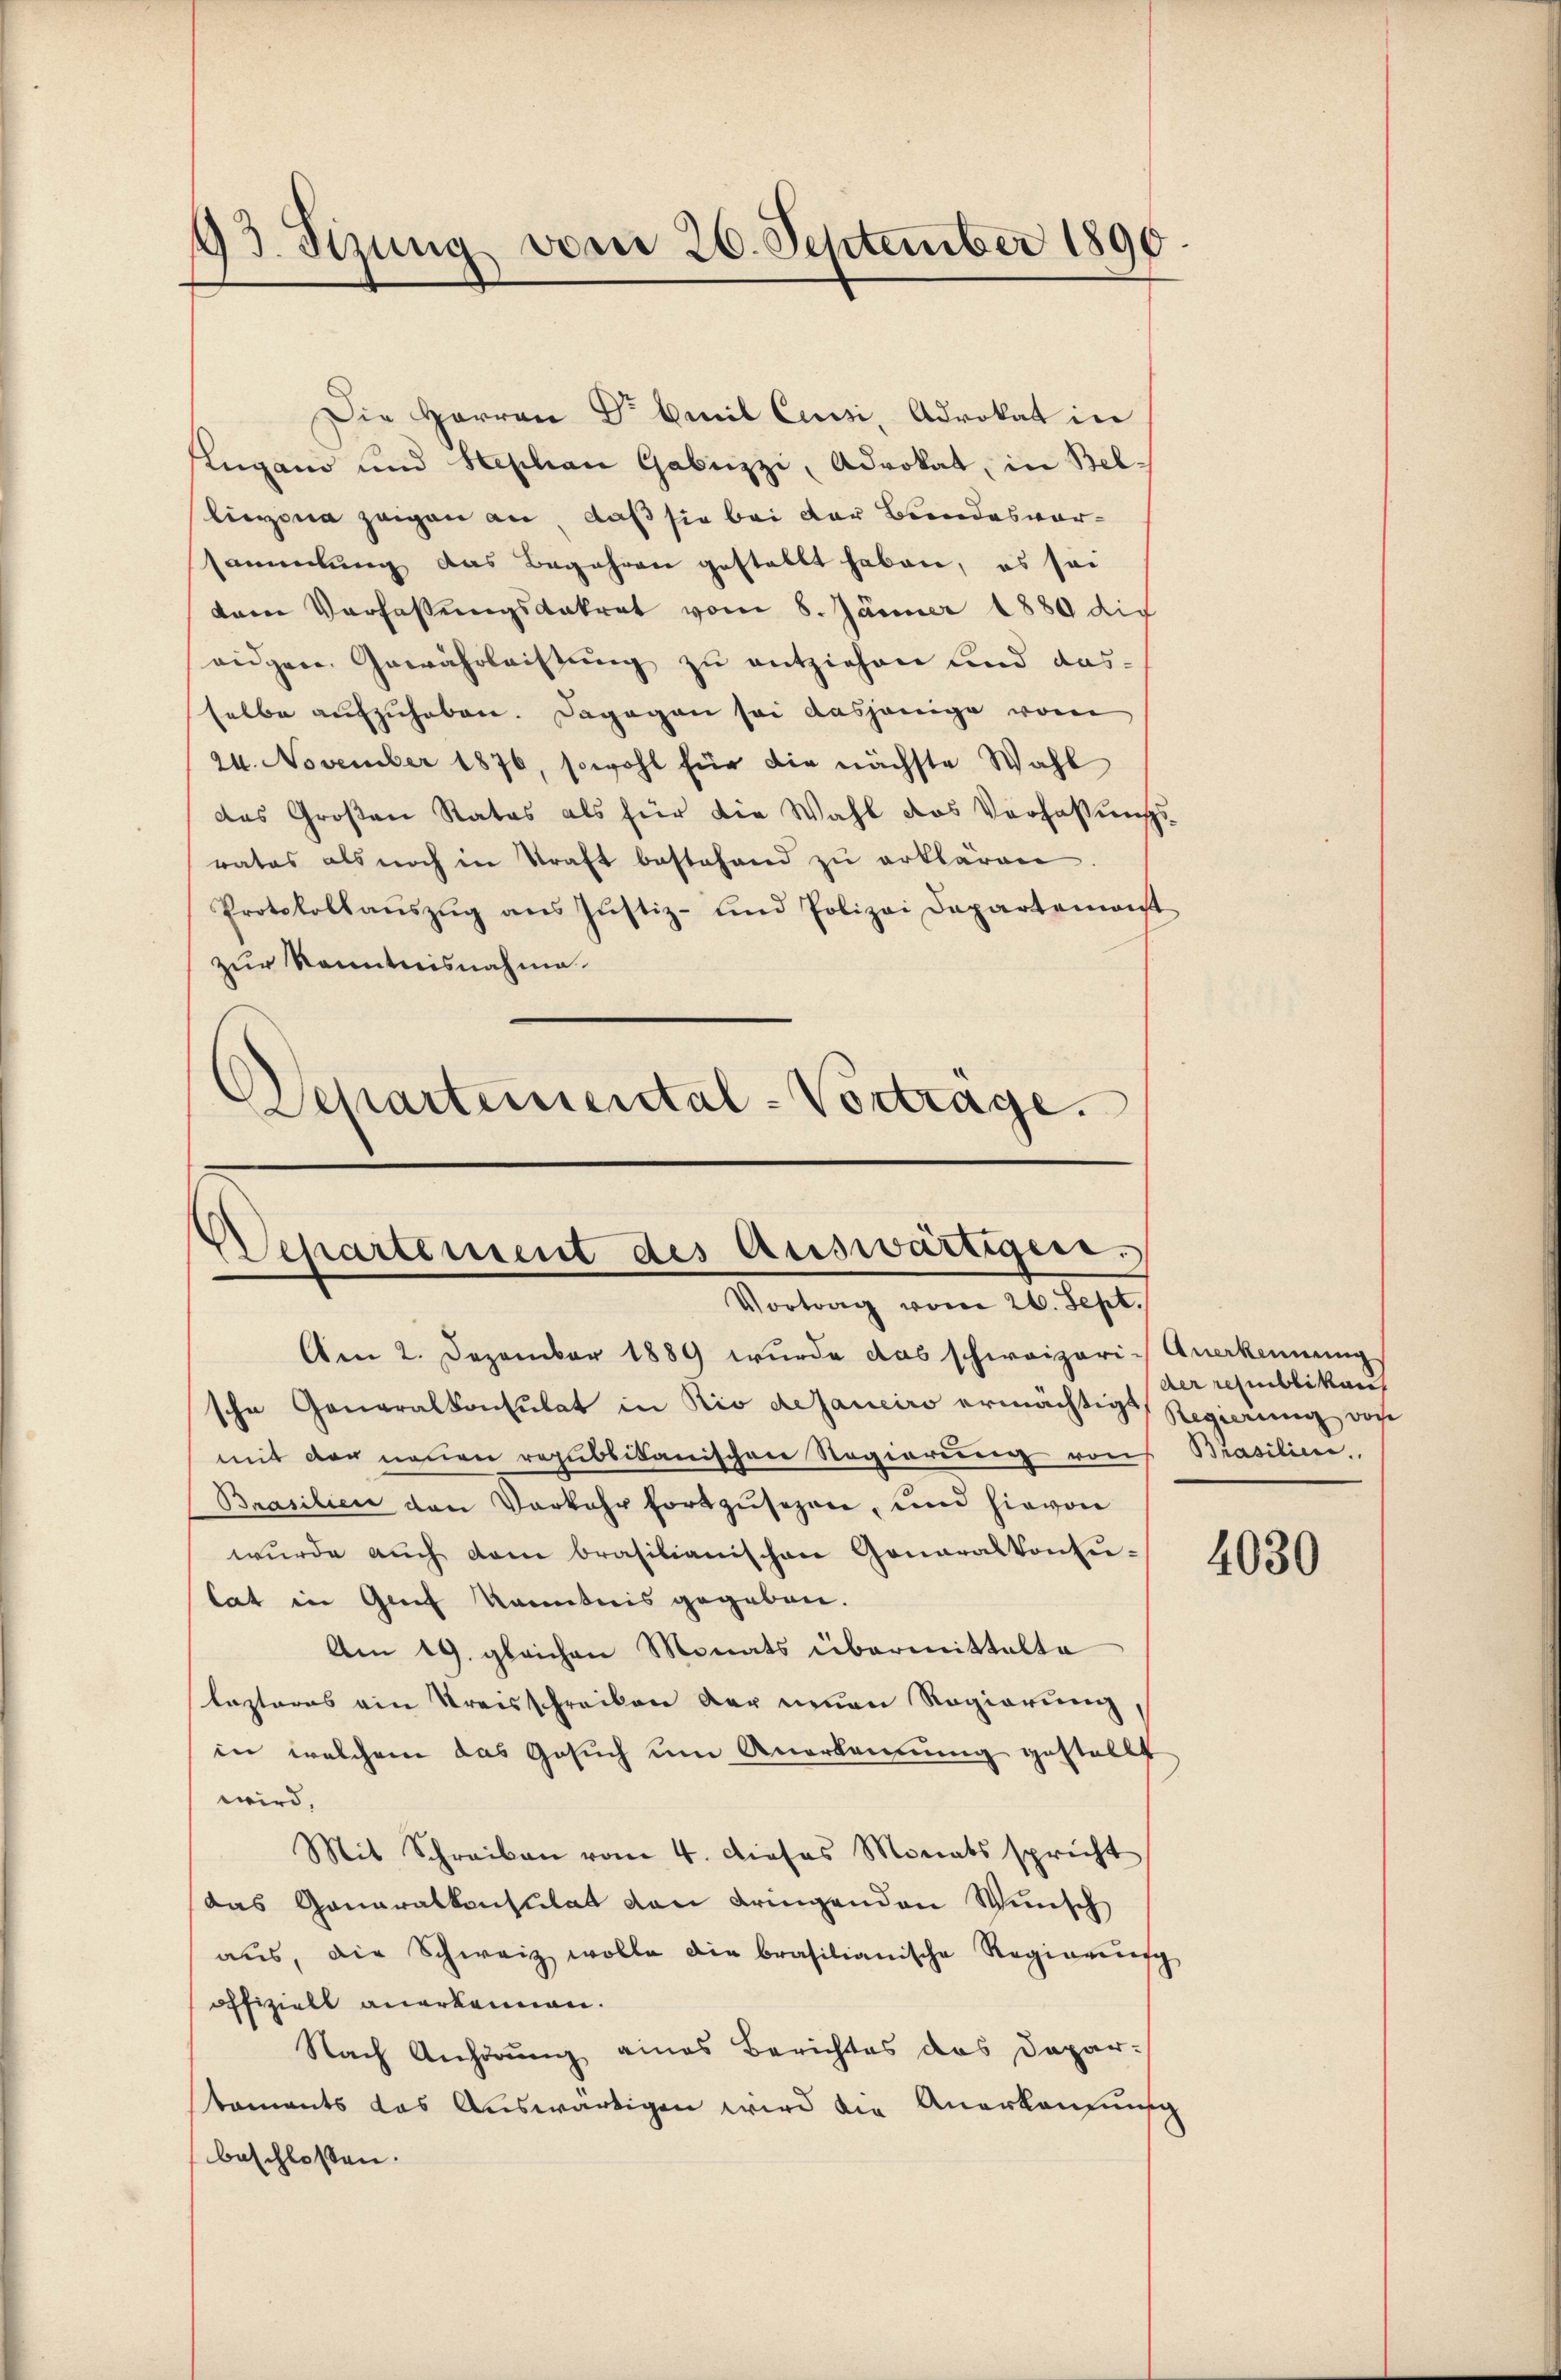
93. Stzung vom 26. September 1890.

Die Herren Dr Emil Cessi, Advokat in
Augano und Stephan Gabuzzi, Advokat, in Belliegen zeigen an, daß sie bei der Bundesvorsammlung das Begehren gestellt haben, es sei
tem Verfassungsdatrat vom 8. Jänner 1889 die
ridgen. Gewährleistung zu entziehen und ausselbe aufzuheben. Dagegen sei dasjenige vom
24. November 1876, sowohl für die nächste Wahl
das Großen Rates als für die Wahl das Verfassungs-
rates als noch in Kraft bestehend zu erklären.
Protokollaŭszŭg ans Justiz- und Polizei Departemonst
zur Kenntnisnahme.
Departemental-Vortrage.

Am 2. Dezember 1889 wurde das schweizeri- Anerkennung
sche Generalkonsulat in Rio dejaneiro ermächtige Regierung von
mit der neuen republikanischen Regierung von Brasiline.
Brasilien den Vorkehr fortzŭsezen, und hievon
wŭrde aŭch dem brasilianischen Generalkonsu-
lat in Genf kanntnis gegeben.
Am 19. gleichen Monats übermittalte
lezteres ein Kreisschreiben der neuen Regierung
in welchem das Gesuch um Anerkennung gestellt
wird,
Mit Schreiben vom 4. Dieses Monats spricht
Das Generalkonsulat von dringenden Wunsch
aŭs, die Schweiz wolle die brasilianische Regierŭng
offiziell anerkennen.
Nach Anhörung eines Berichtes das Departaments das Auswärtigen wird die Anerkaufung
beschlossen:

Departement des Auswärtigen.
Vortrag vom 26. Sept.

der republikan

4030